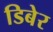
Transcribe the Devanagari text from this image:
डिबेर